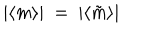
| \langle m \rangle | \ = \ | \langle \tilde { m } \rangle |